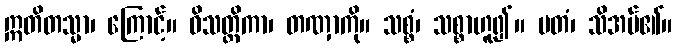
ဣတိတသ္မာ၊ ကြောင့်။ ဝိသတ္တိကာ၊ တဏှာကို။ သစ္စံ၊ သစ္စာဟူ၍။ မတံ၊ သိအပ်၏။